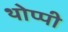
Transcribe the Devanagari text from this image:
थोप्पी